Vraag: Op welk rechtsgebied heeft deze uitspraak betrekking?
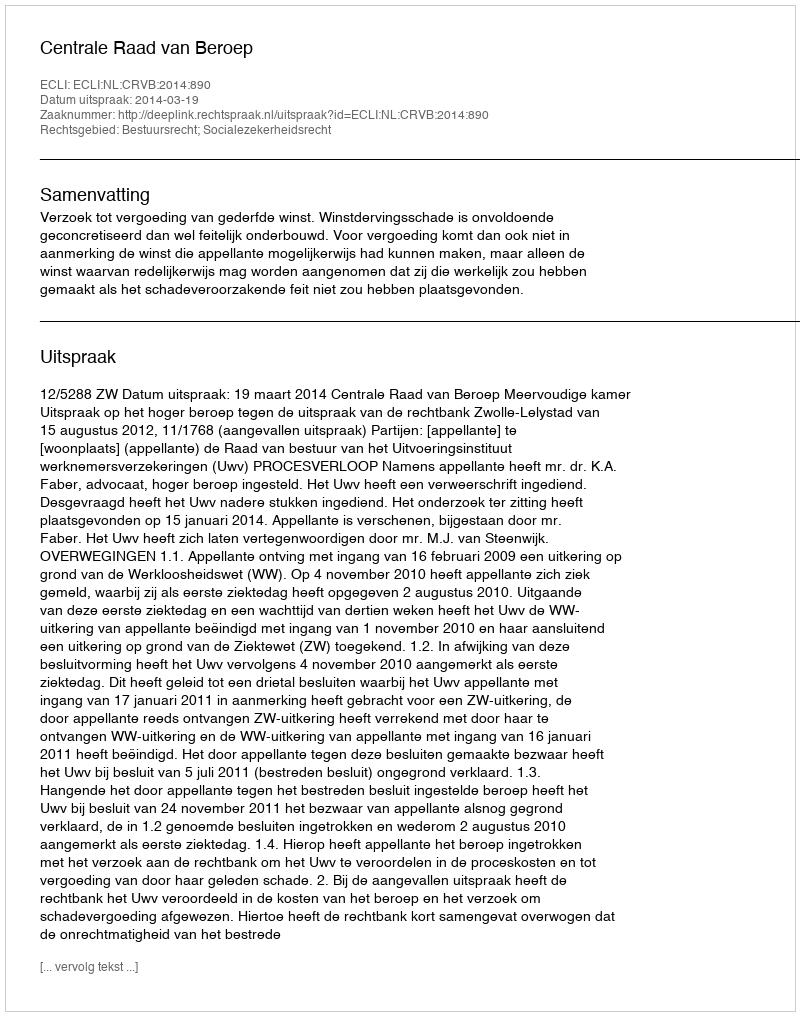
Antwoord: Bestuursrecht; Socialezekerheidsrecht